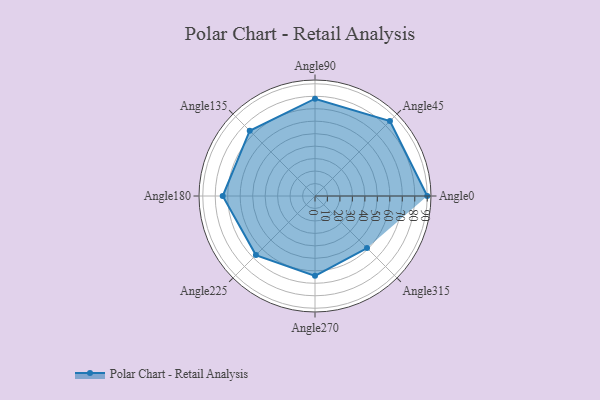
{"axis": {"x": "Angle", "y": "Radius"}, "legend": [""], "data": [{"x": "Angle0", "y": 90.0, "type": ""}, {"x": "Angle45", "y": 85.0, "type": ""}, {"x": "Angle90", "y": 78.0, "type": ""}, {"x": "Angle135", "y": 74.0, "type": ""}, {"x": "Angle180", "y": 74.0, "type": ""}, {"x": "Angle225", "y": 67.0, "type": ""}, {"x": "Angle270", "y": 64.0, "type": ""}, {"x": "Angle315", "y": 59.0, "type": ""}]}